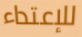
للإعتداء